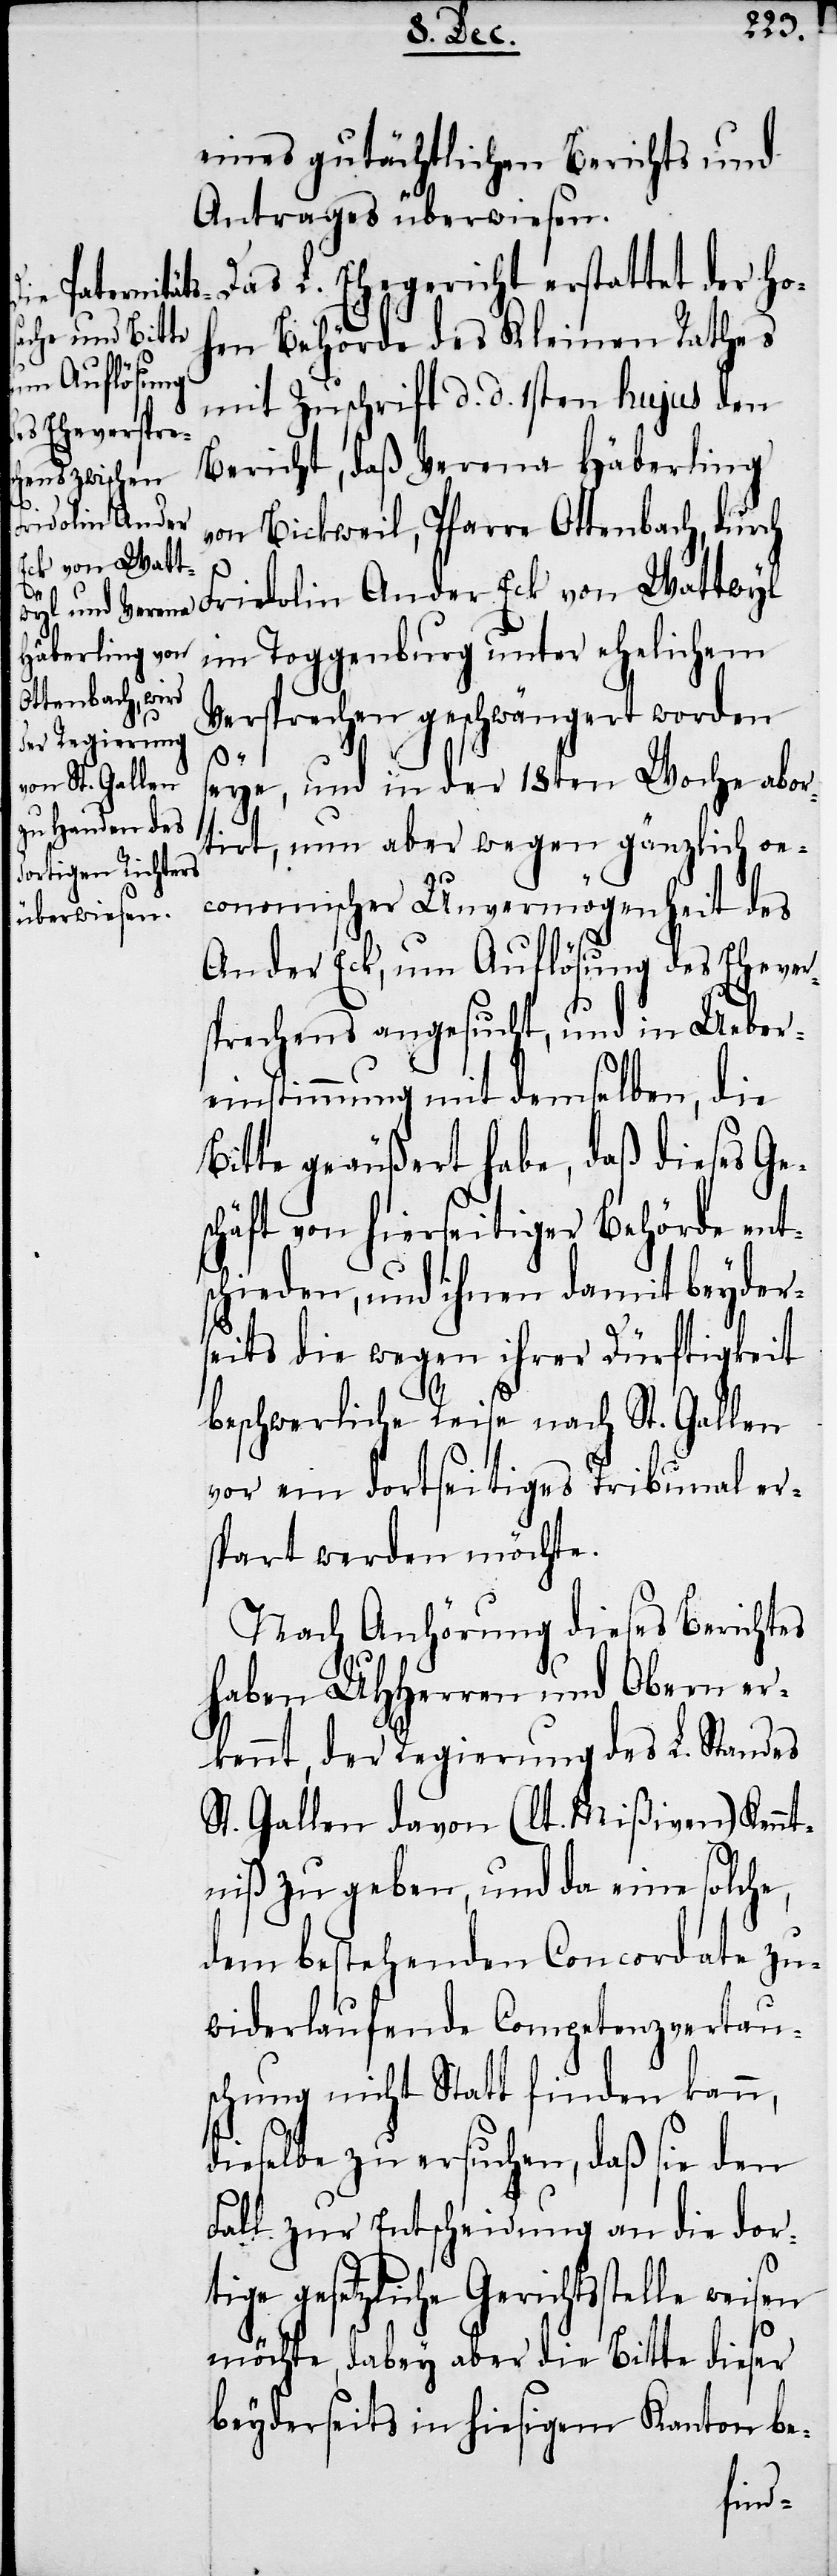
eines gutächtlichen Berichts und
Antrages überwiesen.
Das L. Ehegericht erstattet der Ho¬
hen Behörde des Kleinen Rathes
mit Zuschrift d. d. 1sten hujus den
Bericht, daß Verena Häberling
Fridolin An der
von Bickweil, Pfarre Ottenbach, durch
Eck von Watt¬
im Toggenburg unter ehelichem
Versprechen geschwängert worden
wyl
seye, und in der 18ten Woche abor¬
tirt, nun aber wegen gänzlich oe¬
conomischer Unvermögenheit des
An der Eck, um Auflösung des Ehever¬
sprechens angesucht, und in Ueber¬
einstimmung mit demselben, die
Bitte geäußert habe, daß dieses Ges¬
chäft von hierseitiger Behörde ents¬
chieden, und ihnen damit beyders¬
eits die wegen ihrer Dürftigkeit
beschwerliche Reise nach St. Gallen
vor ein dortseitiges Tribunal er¬
spart werden möchte.
Nach Anhörung dieses Berichtes
haben UHHerren und Obern er¬
kennt, der Regierung des L. Standes
St. Gallen davon (lt. Mißiven) Kenn¬
tniß zu geben, und da eine solche,
dem bestehenden Concordate zu¬
widerlaufende Competenzvertau¬
schung nicht Statt finden kann,
dieselbe zu ersuchen, daß sie den
Fall zur Entscheidung an die dor¬
tige gesetzliche Gerichtsstelle
möchte, dabey aber die Bitte dieser
beydereits in hiesigem Kanton be-